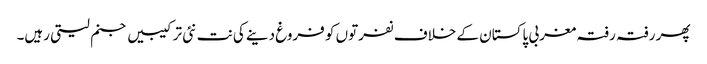
پھر رفتہ رفتہ مغربی پاکستان کے خلاف نفرتوں کو فروغ دینے کی نت نئی ترکیبیں جنم لیتی رہیں۔